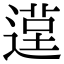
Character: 𨕸